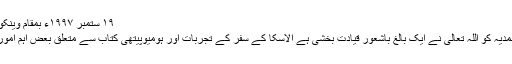
١٩ ستمبر ١٩٩٧ء بمقام وینکوور، کینیڈا
جماعت احمدیہ کو اللہ تعالٰی نے ایک بالغ باشعور قیادت بخشی ہے الاسکا کے سفر کے تجربات اور ہومیوپیتھی کتاب سے متعلق بعض اہم امور کا تذکرہ۔